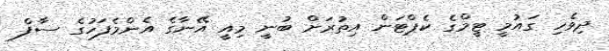
ދިވެހި ގައުމީ ޓީމްގެ ކެޕްޓަން އިތުރަށް ބުނީ މިއީ އޭނާގެ އެންމެފަހުގެ ސާފް